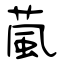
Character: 葻